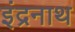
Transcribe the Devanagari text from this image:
इंद्रनाथ